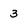
Character: 3